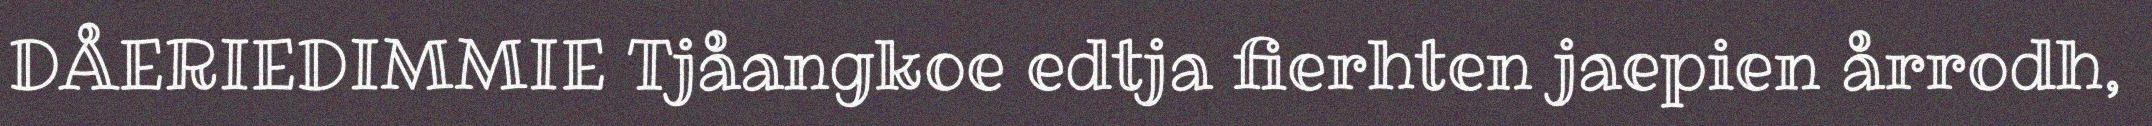
DÅERIEDIMMIE Tjåangkoe edtja fierhten jaepien årrodh,